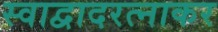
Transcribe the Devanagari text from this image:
स्वाद्वादरत्नाकर